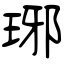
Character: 琊